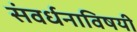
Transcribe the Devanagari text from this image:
संवर्धनाविषयी